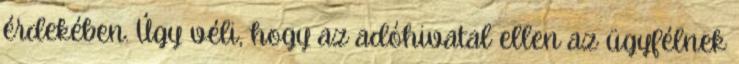
érdekében. Úgy véli, hogy az adóhivatal ellen az ügyfélnek